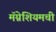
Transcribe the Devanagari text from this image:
मॅग्नेशियमची